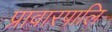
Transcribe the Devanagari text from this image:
प्रावारपालि